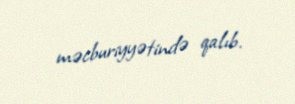
məcburiyyətində qalıb.